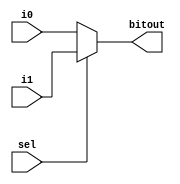
module multiplexer2
  ( input i0,i1,sel,
    output reg bitout
    );
always@(*)
begin
  if(sel==0)
    bitout=i0;
  else 
    bitout=i1;
  end
endmodule